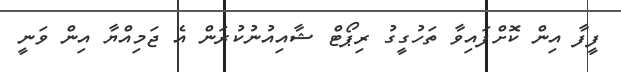
ފީފާ އިން ކޮށްފައިވާ ތަހުގީގު ރިޕޯޓް ޝާއިއުނުކުރަން އެ ޖަމިއްޔާ އިން ވަނީ